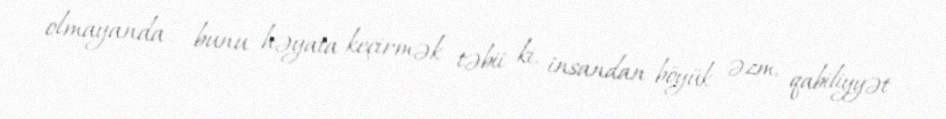
olmayanda - bunu həyata keçirmək təbii ki, insandan böyük əzm, qabiliyyət